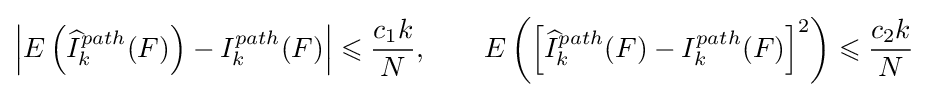
\left|E\left({\widehat {I}}_{k}^{path}(F)\right)-I_{k}^{path}(F)\right|\leqslant {\frac {c_{1}k}{N}},\qquad E\left(\left[{\widehat {I}}_{k}^{path}(F)-I_{k}^{path}(F)\right]^{2}\right)\leqslant {\frac {c_{2}k}{N}}